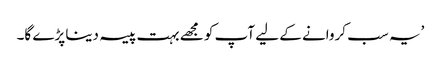
’یہ سب کروانے کے لیے آپ کو مجھے بہت پیسہ دینا پڑے گا۔